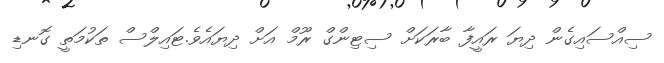
ސިއްސައިގެން ދިޔަ ރައީފާ ބާރަކަށް ސިޓިންގް ރޫމް އަށް ދިޔައެވެ.ޓައިލްސް ތަކުމަތީ ގޮނޑި